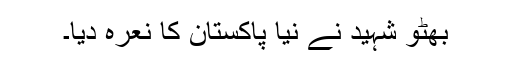
بھٹو شہید نے نیا پاکستان کا نعرہ دیا۔